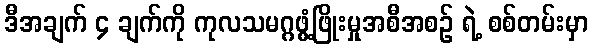
ဒီအချက် ၄ ချက်ကို ကုလသမဂ္ဂဖွံ့ဖြိုးမှုအစီအစဉ် ရဲ့ စစ်တမ်းမှာ